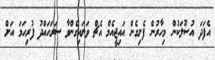
އެފަދަ އުސޫލަކުން މިހާރުން ފެށިގެން އައިޖީއެމް އެޗް ވަށައިގެންވާ ސަރަހައްދު ފުރިހަމަ އަށް